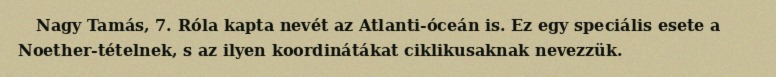
Nagy Tamás, 7. Róla kapta nevét az Atlanti-óceán is. Ez egy speciális esete a Noether-tételnek, s az ilyen koordinátákat ciklikusaknak nevezzük.